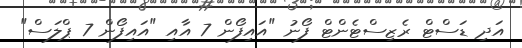
އަދި ޑަސްޓް ރެޒިސްޓެންޓް ފޯނު "އައިފޯން 7 އާއި "އައިފޯން 7 ޕްލަސް"